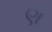
ણ